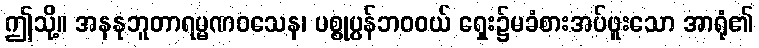
ဤသို့။ အနနုဘူတာရမ္မဏဝသေန၊ ပစ္စုပ္ပန်ဘဝဝယ် ရှေး၌မခံစားအပ်ဖူးသော အာရုံ၏